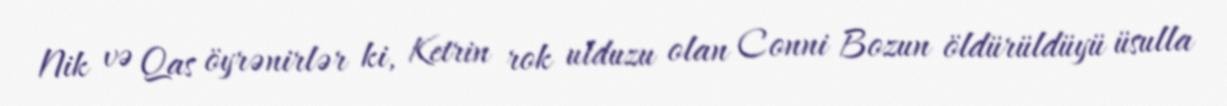
Nik və Qas öyrənirlər ki, Ketrin rok ulduzu olan Conni Bozun öldürüldüyü üsulla